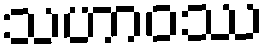
သဟာဝဿ